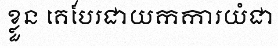
ខ្លួន គេបែរជាយកការយំជា